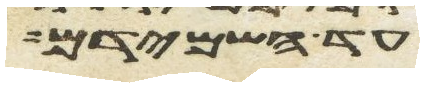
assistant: עד השמידם